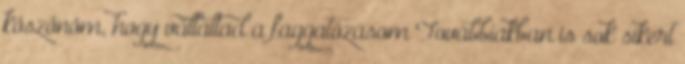
köszönöm, hogy vállaltad a faggatózásom Továbbiakban is sok sikert